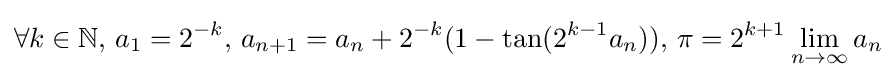
\forall k\in \mathbb {N} ,\,a_{1}=2^{-k},\,a_{n+1}=a_{n}+2^{-k}(1-\tan(2^{k-1}a_{n})),\,\pi =2^{k+1}\lim _{n\to \infty }a_{n}